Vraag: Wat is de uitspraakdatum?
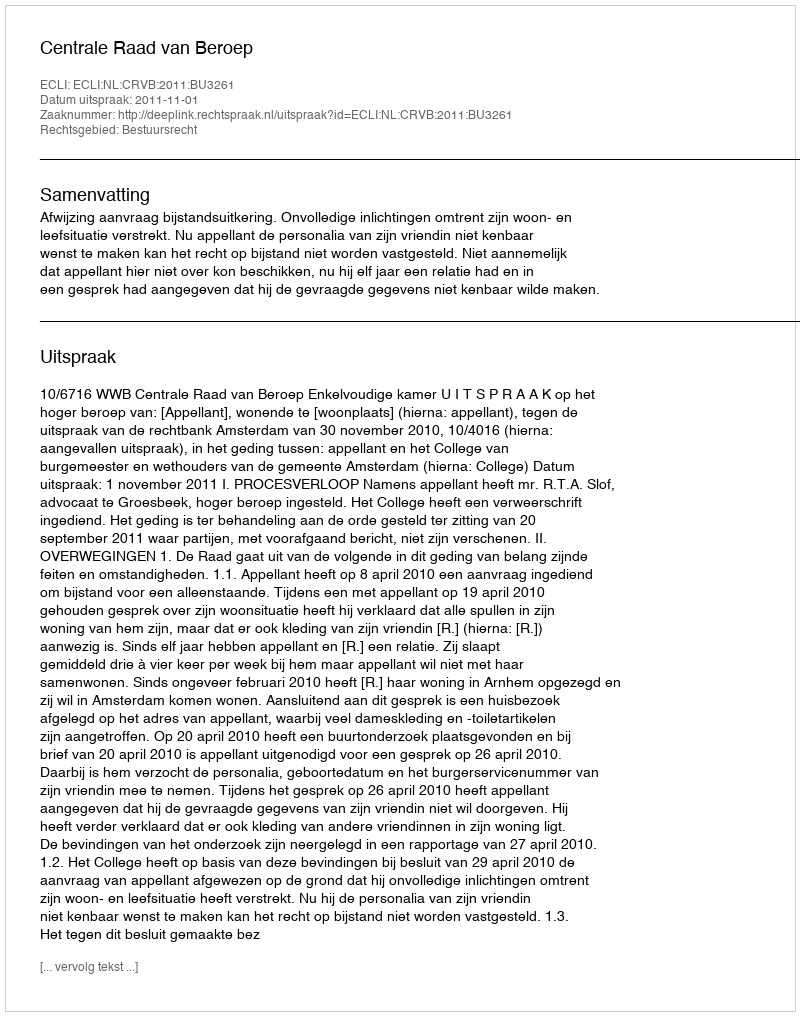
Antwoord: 2011-11-01